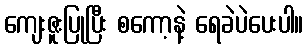
ကျေးဇူးပြုပြီး စကော့နဲ့ ရေခဲပဲပေးပါ။